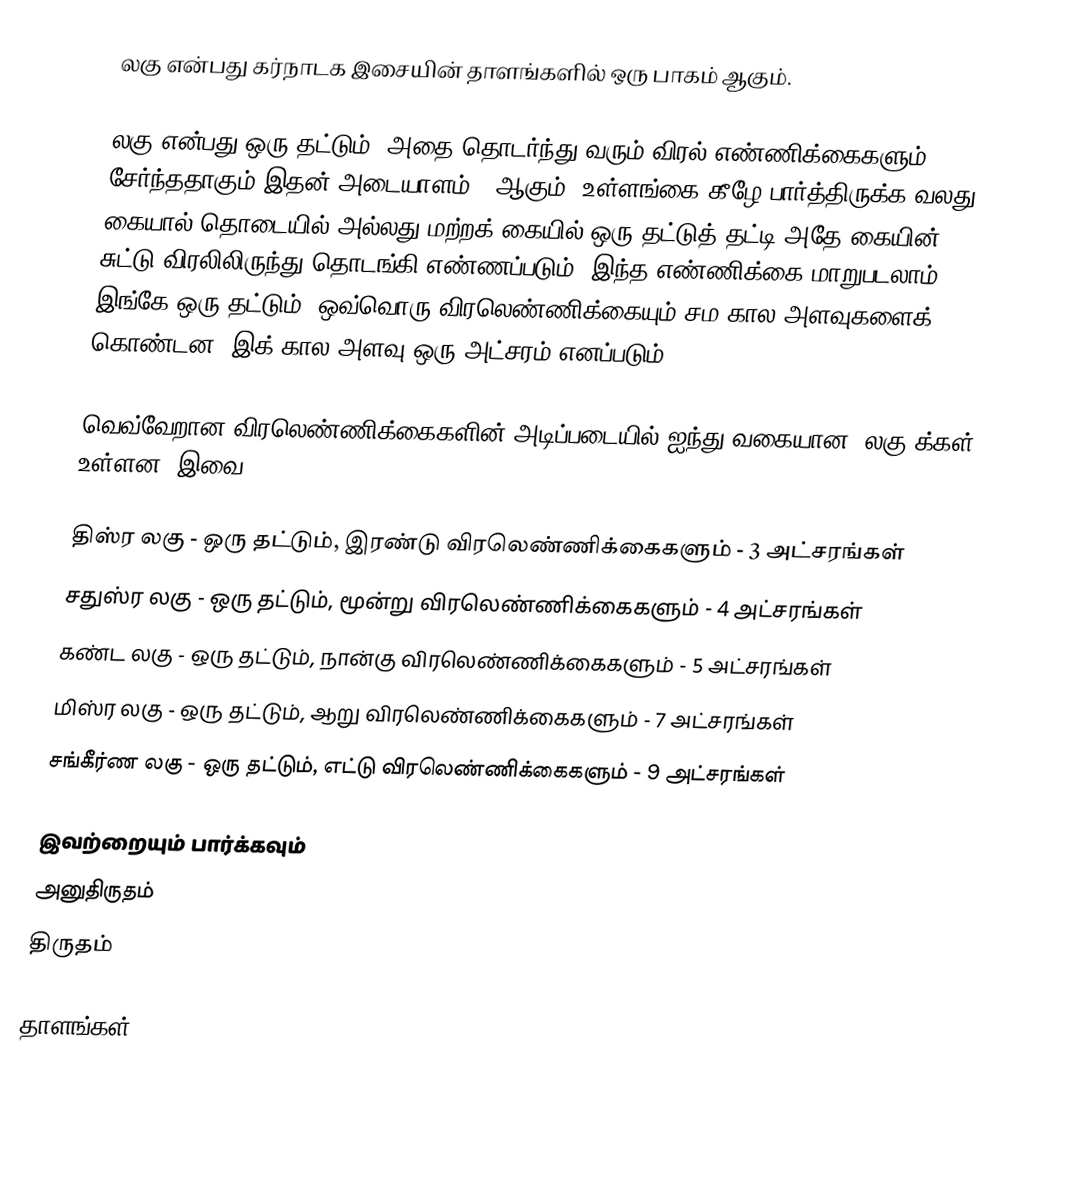
லகு என்பது கர்நாடக இசையின் தாளங்களில் ஒரு பாகம் ஆகும்.

லகு என்பது ஒரு தட்டும், அதை தொடர்ந்து வரும் விரல் எண்ணிக்கைகளும் சேர்ந்ததாகும்.இதன் அடையாளம் | ஆகும். உள்ளங்கை கீழே பார்த்திருக்க வலது கையால் தொடையில் அல்லது மற்றக் கையில் ஒரு தட்டுத் தட்டி அதே கையின் சுட்டு விரலிலிருந்து தொடங்கி எண்ணப்படும். இந்த எண்ணிக்கை மாறுபடலாம். இங்கே ஒரு தட்டும், ஒவ்வொரு விரலெண்ணிக்கையும் சம கால அளவுகளைக் கொண்டன. இக் கால அளவு ஒரு அட்சரம் எனப்படும்.

வெவ்வேறான விரலெண்ணிக்கைகளின் அடிப்படையில் ஐந்து வகையான "லகு"க்கள் உள்ளன. இவை,

 திஸ்ர லகு       - ஒரு தட்டும், இரண்டு விரலெண்ணிக்கைகளும் - 3 அட்சரங்கள்
 சதுஸ்ர லகு      - ஒரு தட்டும், மூன்று விரலெண்ணிக்கைகளும்  - 4 அட்சரங்கள்
 கண்ட லகு      - ஒரு தட்டும், நான்கு விரலெண்ணிக்கைகளும்  - 5 அட்சரங்கள்
 மிஸ்ர லகு       - ஒரு தட்டும், ஆறு விரலெண்ணிக்கைகளும்   - 7 அட்சரங்கள்
 சங்கீர்ண லகு    - ஒரு தட்டும், எட்டு விரலெண்ணிக்கைகளும்   - 9 அட்சரங்கள்

இவற்றையும் பார்க்கவும்
 அனுதிருதம்
 திருதம்

தாளங்கள்